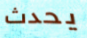
يحدث